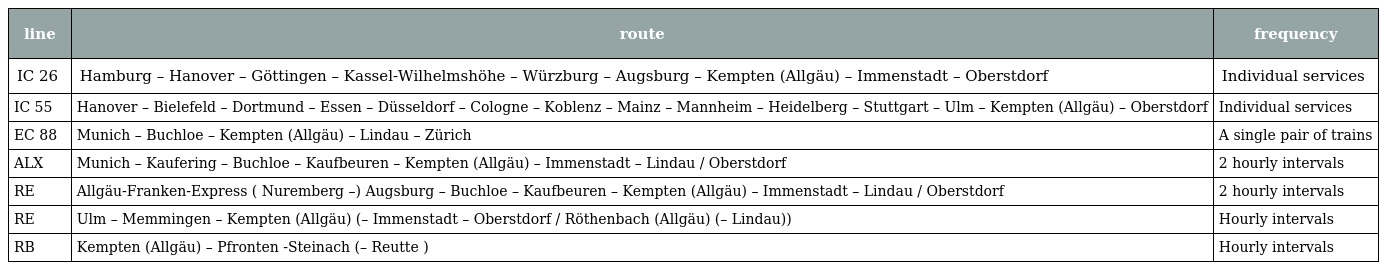
| line | route | frequency |
 | --- | --- | --- |
 | IC 26 | Hamburg – Hanover – Göttingen – Kassel-Wilhelmshöhe – Würzburg – Augsburg – Kempten (Allgäu) – Immenstadt – Oberstdorf | Individual services |
 | IC 55 | Hanover – Bielefeld – Dortmund – Essen – Düsseldorf – Cologne – Koblenz – Mainz – Mannheim – Heidelberg – Stuttgart – Ulm – Kempten (Allgäu) – Oberstdorf | Individual services |
 | EC 88 | Munich – Buchloe – Kempten (Allgäu) – Lindau – Zürich | A single pair of trains |
 | ALX | Munich – Kaufering – Buchloe – Kaufbeuren – Kempten (Allgäu) – Immenstadt – Lindau / Oberstdorf | 2 hourly intervals |
 | RE | Allgäu-Franken-Express ( Nuremberg –) Augsburg – Buchloe – Kaufbeuren – Kempten (Allgäu) – Immenstadt – Lindau / Oberstdorf | 2 hourly intervals |
 | RE | Ulm – Memmingen – Kempten (Allgäu) (– Immenstadt – Oberstdorf / Röthenbach (Allgäu) (– Lindau)) | Hourly intervals |
 | RB | Kempten (Allgäu) – Pfronten -Steinach (– Reutte ) | Hourly intervals |